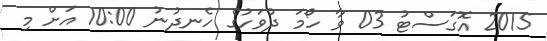
2015 އޮގަސްޓު 03 ވާ ހޯމަ ދުވަހުގެ ހެނދުނު 10:00 އަށް މި